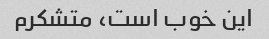
این خوب است، متشکرم